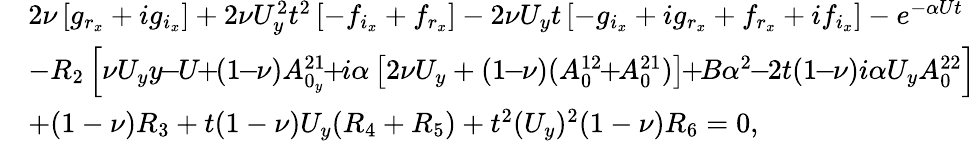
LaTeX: \begin{array}{rl}&{2\nu\left[g_{r_{x}}+ig_{i_{x}}\right]+2\nu U_{y}^{2}t^{2}\left[-f_{i_{x}}+f_{r_{x}}\right]-2\nu U_{y}t\left[-g_{i_{x}}+ig_{r_{x}}+f_{r_{x}}+if_{i_{x}}\right]-e^{-\alpha Ut}}\\ &{-R_{2}\left[\nu U_{y}y\! \! -\! \! U\! \! +\! \! (1\! \! -\! \! \nu)A_{0_{y}}^{21}\! \! +\! \! i\alpha\left[2\nu U_{y}+(1\! \! -\! \! \nu)(A_{0}^{12}\! \! +\! \! A_{0}^{21})\right]\! \! +\! \! B\alpha^{2}\! \! -\! \! 2t(1\! \! -\! \! \nu)i\alpha U_{y}A_{0}^{22}\right]}\\ &{+(1-\nu)R_{3}+t(1-\nu)U_{y}(R_{4}+R_{5})+t^{2}(U_{y})^{2}(1-\nu)R_{6}=0,}\end{array}